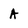
Character: A